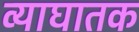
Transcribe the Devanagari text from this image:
व्याघातक